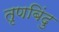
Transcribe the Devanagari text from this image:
तृणबिंदु